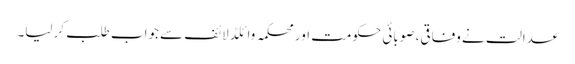
عدالت نے وفاقی، صوبائی حکومت اور محکمہ وائلڈ لائف سے جواب طلب کرلیا۔